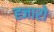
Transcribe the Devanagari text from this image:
ह्जारो